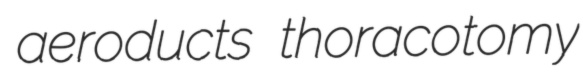
aeroducts thoracotomy